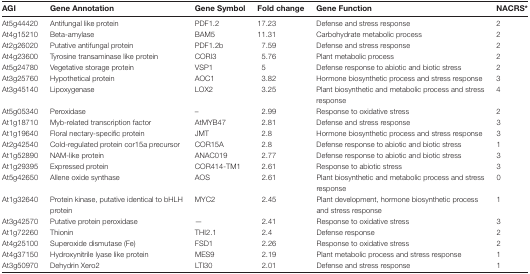
| AGI | Gene Annotation | Gene Symbol | Fold change | Gene Function | NACRS* |
 | --- | --- | --- | --- | --- | --- |
 | At5g44420 | Antifungal like protein | PDF1.2 | 17.23 | Defense and stress response | 2 |
 | At4g15210 | Beta-amylase | BAM5 | 11.31 | Carbohydrate metabolic process | 2 |
 | At2g26020 | Putative antifungal protein | PDF1.2b | 7.59 | Defense and stress response | 2 |
 | At4g23600 | Tyrosine transaminase like protein | CORI3 | 5.76 | Plant metabolic process | 2 |
 | At5g24780 | Vegetative storage protein | VSP1 | 5 | Defense response to abiotic and biotic stress | 2 |
 | At3g25760 | Hypothetical protein | AOC1 | 3.82 | Hormone biosynthetic process and stress response | 3 |
 | At3g45140 | Lipoxygenase | LOX2 | 3.25 | Plant biosynthetic and metabolic process and stress response | 4 |
 | At5g05340 | Peroxidase | – | 2.99 | Response to oxidative stress | 2 |
 | At1g18710 | Myb-related transcription factor | AtMYB47 | 2.81 | Defense and stress response | 3 |
 | At1g19640 | Floral nectary-specific protein | JMT | 2.8 | Hormone biosynthetic process and stress response | 3 |
 | At2g42540 | Cold-regulated protein cor15a precursor | COR15A | 2.8 | Defense response to abiotic and biotic stress | 1 |
 | At1g52890 | NAM-like protein | ANAC019 | 2.77 | Defense response to abiotic and biotic stress | 3 |
 | At1g29395 | Expressed protein | COR414-TM1 | 2.61 | Response to abiotic stress | 3 |
 | At5g42650 | Allene oxide synthase | AOS | 2.61 | Plant biosynthetic and metabolic process and stress response | 0 |
 | At1g32640 | Protein kinase, putative identical to bHLH protein | MYC2 | 2.45 | Plant development, hormone biosynthetic process and stress response | 1 |
 | At3g42570 | Putative protein peroxidase | — | 2.41 | Response to oxidative stress | 3 |
 | At1g72260 | Thionin | THI2.1 | 2.4 | Defense response | 2 |
 | At4g25100 | Superoxide dismutase (Fe) | FSD1 | 2.26 | Response to oxidative stress | 2 |
 | At4g37150 | Hydroxynitrile lyase like protein | MES9 | 2.19 | Plant metabolic process and stress response | 1 |
 | At3g50970 | Dehydrin Xero2 | LTI30 | 2.01 | Defense and stress response | 1 |